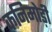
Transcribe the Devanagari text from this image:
कनिमोड़ी